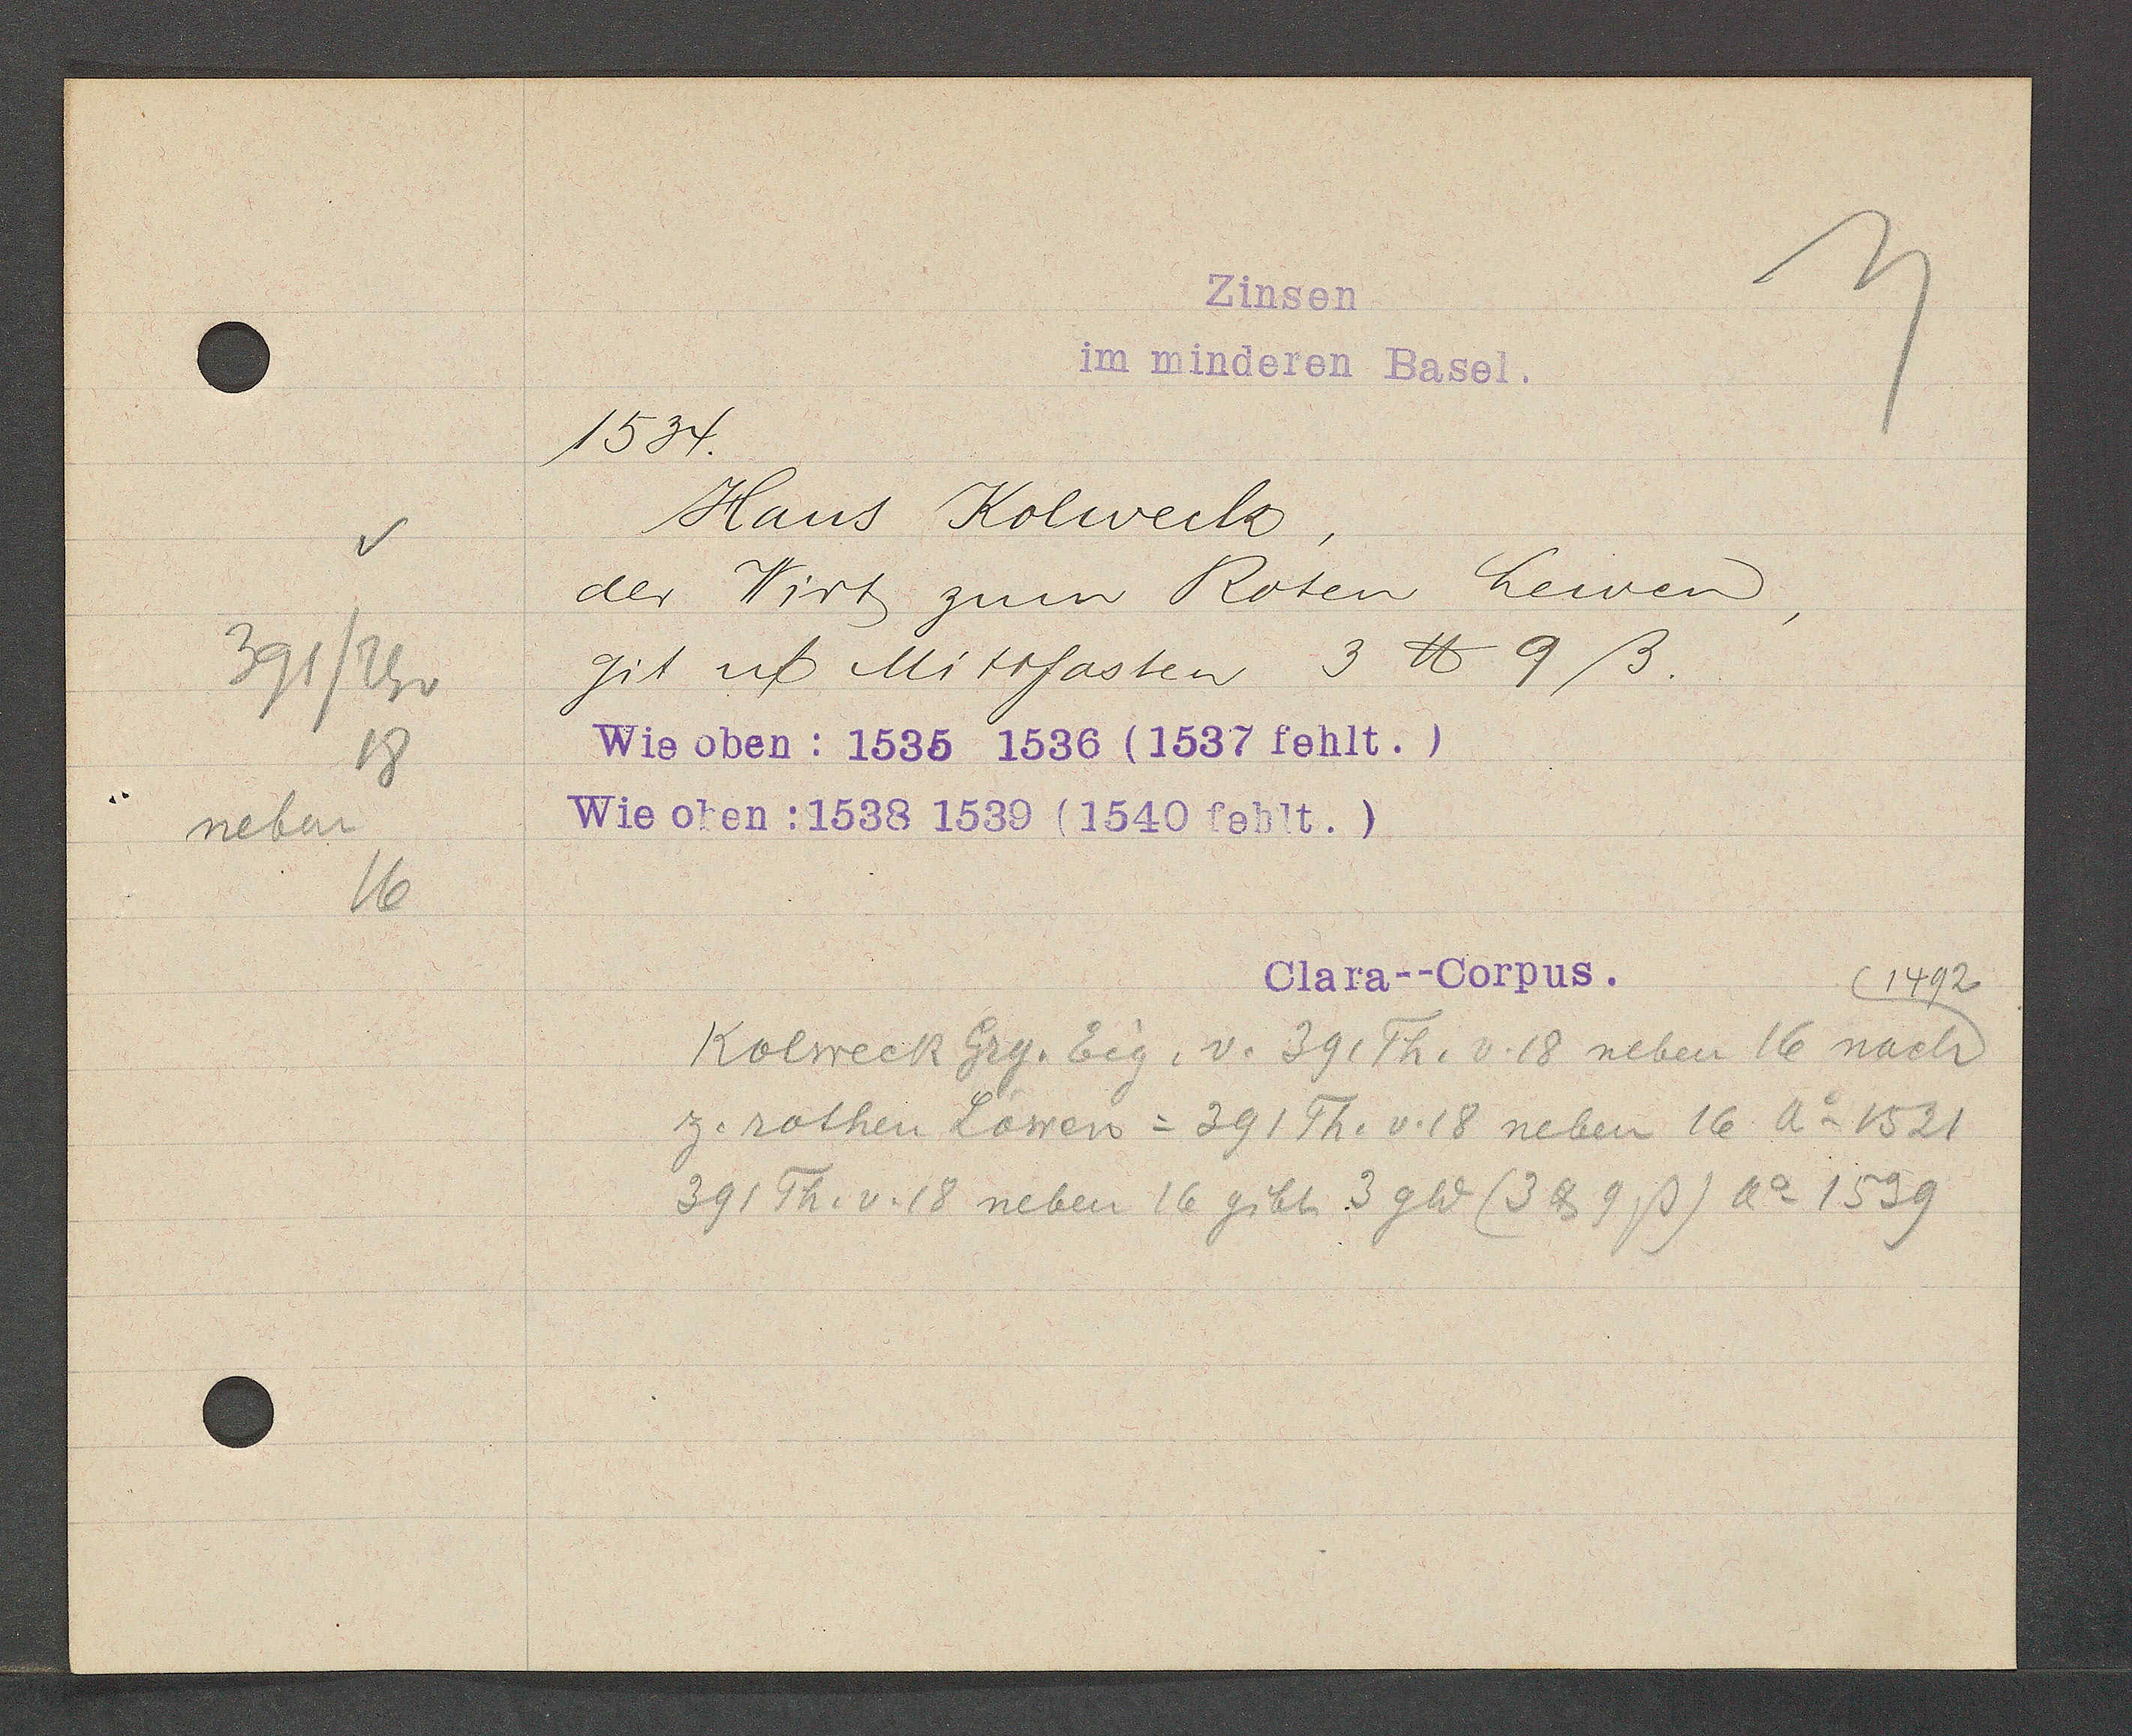
Transcript:
391/Th v
18
neben
16

Zinsen
im minderen Basel.

1534.
Hans Kolweck,
der Wirt zum Roten Lewen,
git uf Mitrfasten 3 ℔ 9 ß.
Wie oben: 1535 1536 (1537 fehlt.)
Wie oben: 1538 1539 (1540 fehlt.)

1492
Kolweck Grg. Eig. v. 39, Th. v. 18 neben 16 nach
z. rothen Lowen = 391 Th. v. 18 neben 16 Ao 1531
391 Th. v. 18 neben 16 gibt 3 gld (3 ℔ 9 ß) Ao 1539

Clara--Corpus.